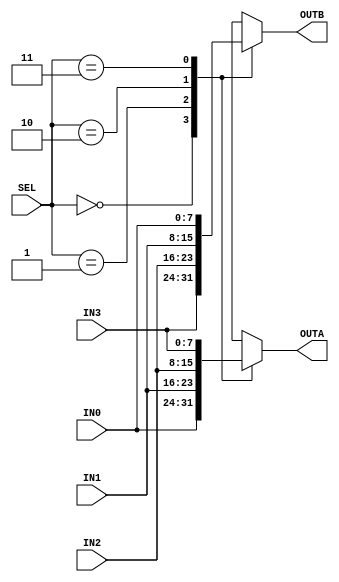
module GP_DCMPMUX(input[1:0] SEL, input[7:0] IN0, input[7:0] IN1, input[7:0] IN2, input[7:0] IN3, output reg[7:0] OUTA, output reg[7:0] OUTB);
	always @(*) begin
		case(SEL)
			2'd00: begin
				OUTA <= IN0;
				OUTB <= IN3;
			end
			2'd01: begin
				OUTA <= IN1;
				OUTB <= IN2;
			end
			2'd02: begin
				OUTA <= IN2;
				OUTB <= IN1;
			end
			2'd03: begin
				OUTA <= IN3;
				OUTB <= IN0;
			end
		endcase
	end
endmodule